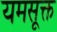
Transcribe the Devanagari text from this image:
यमसूक्त